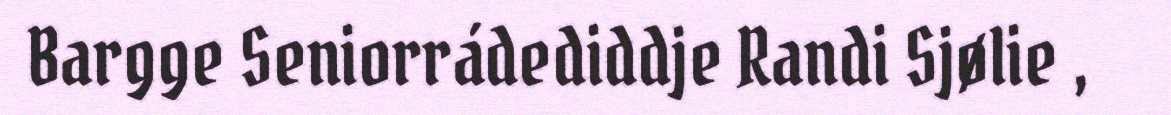
Bargge Seniorrádediddje Randi Sjølie ,